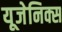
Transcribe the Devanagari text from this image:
यूजेनिक्स